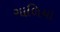
ગાળિયા